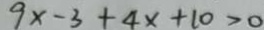
9 x - 3 + 4 x + 1 0 > 0